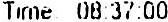
TIME: 08:37:00